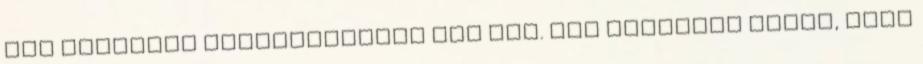
egy délutáni kiruccanásról van szó. Nem gondolta volna, hogy